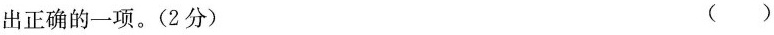
出正确的一项。(2分) ( )